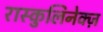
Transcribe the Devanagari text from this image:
रास्कुलिनेक्ज़